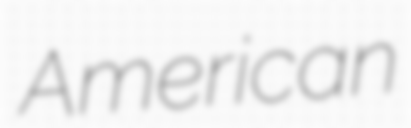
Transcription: American